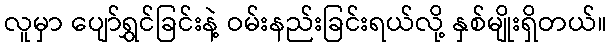
လူမှာ ပျော်ရွှင်ခြင်းနဲ့ ဝမ်းနည်းခြင်းရယ်လို့ နှစ်မျိုးရှိတယ်။